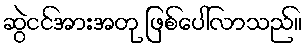
ဆွဲငင်အားအတု ဖြစ်ပေါ်လာသည်။